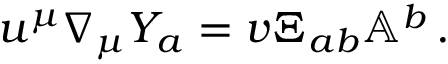
u ^ { \mu } \nabla _ { \mu } Y _ { a } = v \Xi _ { a b } \mathbb { A } ^ { b } \, .